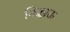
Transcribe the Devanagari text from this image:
निक्लाऊ